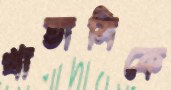
খাতামিকে